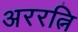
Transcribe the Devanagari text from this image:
अररत्नि